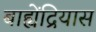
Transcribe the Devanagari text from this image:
बाह्येंद्रियास